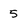
Character: 5